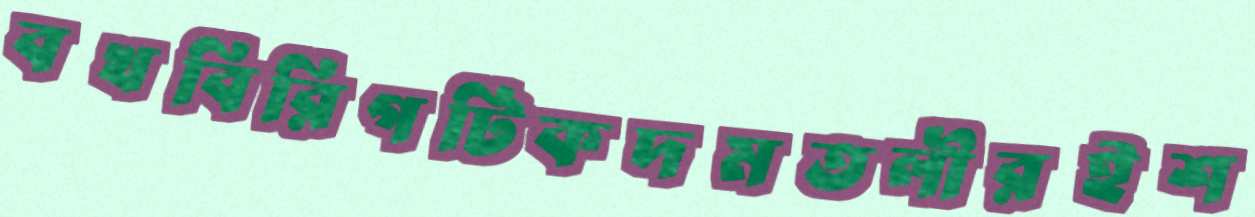
বখবিরিগটিকদমতলীরইশ